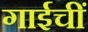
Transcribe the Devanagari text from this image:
गाईचीं